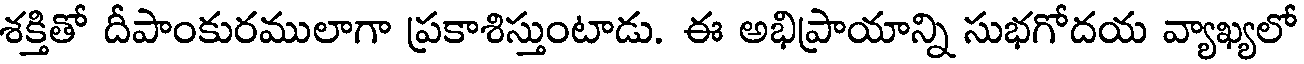
శక్తితో దీపాంకురములాగా ప్రకాశిస్తుంటాడు. ఈ అభిప్రాయాన్ని సుభగోదయ వ్యాఖ్యలో